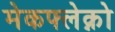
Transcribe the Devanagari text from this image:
मेकफ्लेक्नो